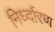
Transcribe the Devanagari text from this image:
निर्ध्दारण